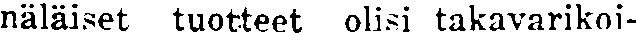
näläiset tuotteet olisi takavarikoi-